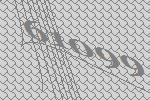
61099